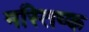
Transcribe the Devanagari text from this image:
मस्तिष्क